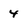
Character: 4